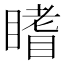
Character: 𥊏